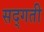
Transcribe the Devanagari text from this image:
सद्‌गती